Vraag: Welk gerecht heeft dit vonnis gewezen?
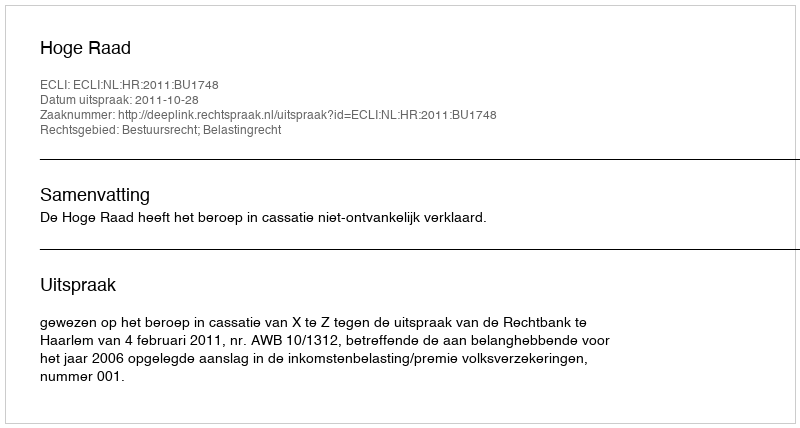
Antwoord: Hoge Raad